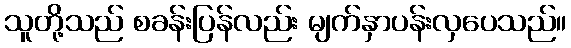
သူတို့သည် စခန်းပြန်လည်း မျက်နှာပန်းလှပေသည်။